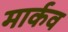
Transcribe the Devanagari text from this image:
मार्कव